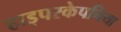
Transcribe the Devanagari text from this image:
हाइपरकेपनिया